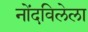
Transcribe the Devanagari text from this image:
नोंदविलेला